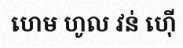
ហេម ហូល វន់ ហ៊ើ